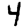
Digit: 4